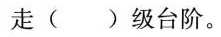
走 () 级台阶。